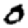
Digit: 0